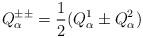
LaTeX: \begin{align*} Q^{\pm\pm}_\alpha = {1\over 2}(Q^1_\alpha \pm Q^2_\alpha)\end{align*}